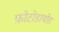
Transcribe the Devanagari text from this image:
फ़ोटोडायोड